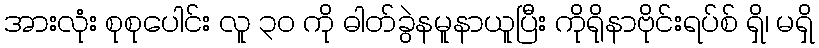
အားလုံး စုစုပေါင်း လူ ၃၀ ကို ဓါတ်ခွဲနမူနာယူပြီး ကိုရိုနာဗိုင်းရပ်စ် ရှိ၊ မရှိ